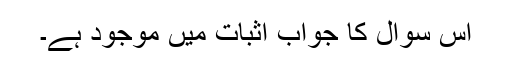
اس سوال کا جواب اثبات میں موجود ہے۔